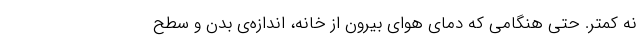
نه کمتر. حتی هنگامی که دمای هوای بیرون از خانه، اندازه‌ی بدن و سطح